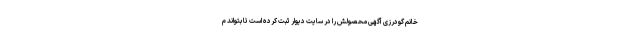
خانم گودرزی آگهی محصولش را در سایت دیوار ثبت کرده است تا بتواند م